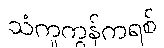
သံကူကွန်ကရစ်